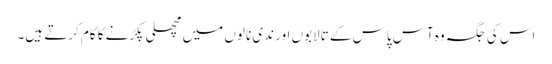
اس کی جگہ وہ آس پاس کے تالابوں اور ندی نالوں میں مچھلی پکڑنے کا کام کرتے ہیں۔